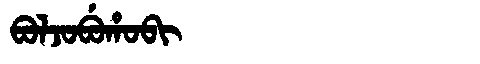
Manchu: ᠪᠣᠯᠵᠣᠪᡠᡥᠣᠪᡳ
Romanization: BOLJOBUHOBI